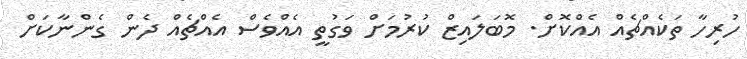
ހުރިހާ ތަކެއްޗެއް އެއްކޮށް. މޮބަލައިޒް ކުރުމަށް ވަގުތީ އެއްވެސް އެއްޗެއް ދެން ގެންނާކަށް